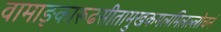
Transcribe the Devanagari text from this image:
वामाङ्कारूढसीतामुखकमलमिलल्लोचनं